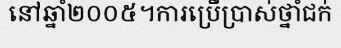
នៅឆ្នាំ២០០៥។ការប្រើប្រាស់ថ្នាំជក់